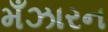
મઁઝારન